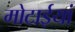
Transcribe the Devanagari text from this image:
मोटाईयां